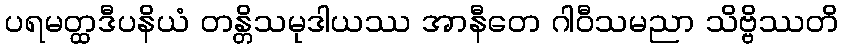
ပရမတ္ထဒီပနိယံ တန္တိသမုဒါယဿ အာနီတေ ဂါဝီသမညာ သိဗ္ဗိဿတိ